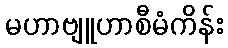
မဟာဗျူဟာစီမံကိန်း